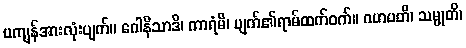
မကျန်အားလုံးပျက်။ ဂေါနိသာဒိ၊ ကာရံမိ၊ ပျက်၏ရာမ်ထက်ဝက်။ ဂဟပတိ၊ သမ္မုတိ၊